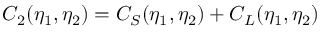
C _ { 2 } ( \eta _ { 1 } , \eta _ { 2 } ) = C _ { S } ( \eta _ { 1 } , \eta _ { 2 } ) + C _ { L } ( \eta _ { 1 } , \eta _ { 2 } )